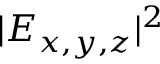
| E _ { x , y , z } | ^ { 2 }